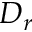
D _ { r }